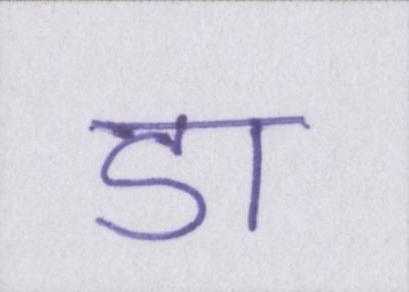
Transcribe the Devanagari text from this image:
डा